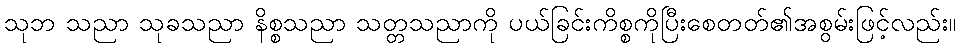
သုဘ သညာ သုခသညာ နိစ္စသညာ သတ္တသညာကို ပယ်ခြင်းကိစ္စကိုပြီးစေတတ်၏အစွမ်းဖြင့်လည်း။